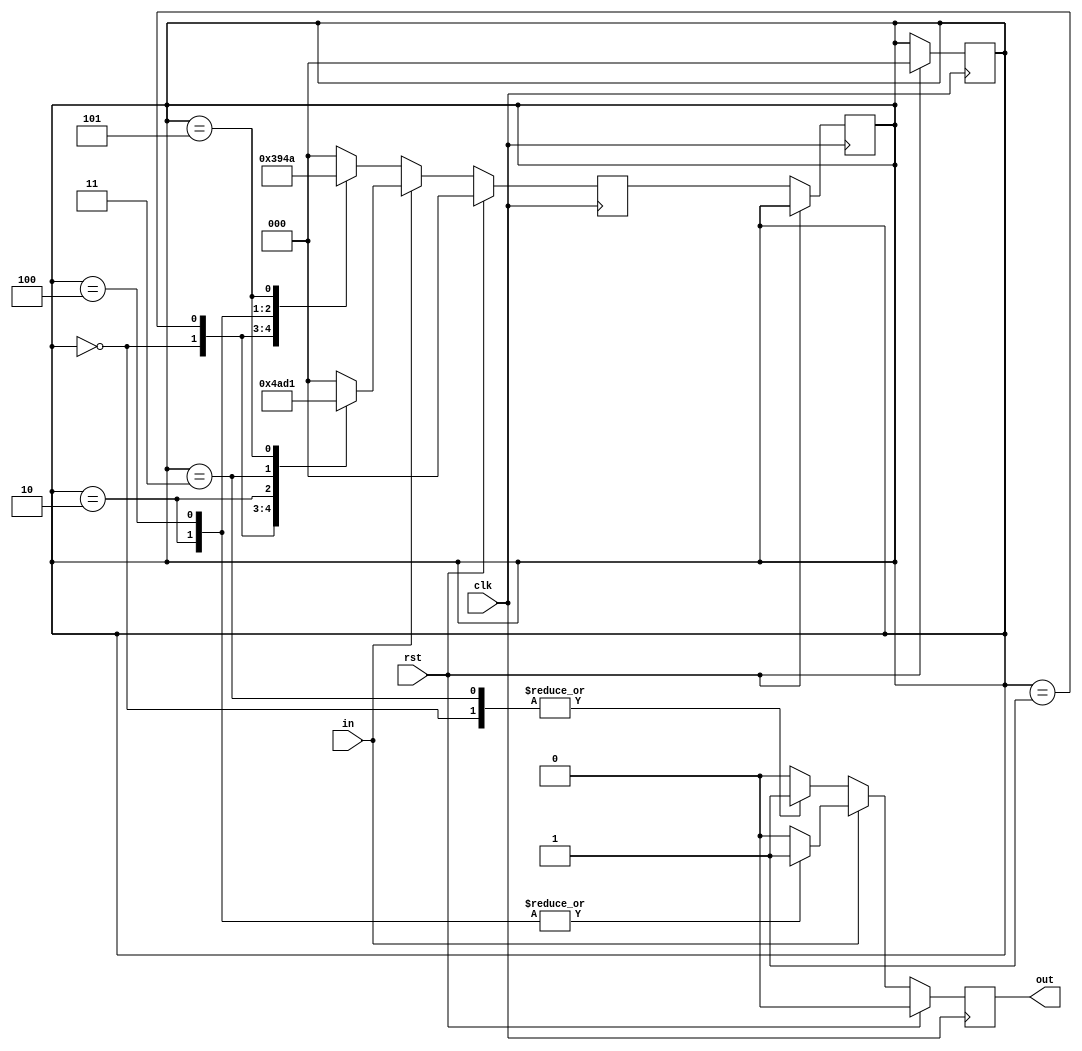
/*
Assignment - 4
Problem - 2
Semester - 5
Group no. : G26
K Rahul Sai - 18CS10028
D Jaswanth - 18CS10014
*/

//code for FSM to check divisibility by 3


`timescale  1ns/10ps
/*
state transition chart:

notation : onetwo means - when input bit is i,it is to be considered as (one*i+current remainder by 3)%3.
And current remainder when divided by 3 is represented by second half in state name i.e for state onetwo,current remainder is 2.
So if input bit is 1 for state onetwo,final remainder of total bitstring till now will be (1*1+2)%3 = 0.

If total remainder till now is 0 then output will be 1  i.e. string given till now is divisible by 3 and similarly for output 0.

Initial state - onezero

Current state  - input - Next state  - Output
onezero        - 0     -  twozero    -  1
oneone         - 0     -  twoone     -  0
onetwo         - 0     -   twotwo    -  0
twozero        - 0     -   onezero   -  1
twoone         - 0     -   oneone    -  0   
twotwo         - 0     -   onetwo    -  0
onezero        - 1     -    twoone   -  0
oneone         - 1     -    twotwo   -  0
onetwo         - 1     -    twozero  -  1
twozero        - 1     -    onetwo   -  0
twoone         - 1     -    onezero  -  1
twotwo         - 1     -    oneone   -  0


*/


module multiple_of_three(out,rst,in,clk);
	input in,rst,clk;  //input bit,clock,reset bit
	output reg out;  //output bit
	reg [2:0]current_state,next_state;
	parameter onezero = 3'b000;  //states encoding in binary
	parameter	oneone = 3'b001;
	parameter	onetwo = 3'b010;
	parameter	twozero = 3'b011;
	parameter	twoone = 3'b100;
	parameter	twotwo = 3'b101;

	always @(posedge clk)
	begin
		if(rst == 0) 
		begin  // update current state to next state atbeginning of execution whenever reset is not 1
			current_state = next_state;
			#1;
		end
	end

	always @(posedge clk)//for next state
	begin
		if(rst == 1)
		begin //when reset,current state goes to beginning state
			current_state <= onezero;
			next_state <= onezero;
		end
		else 
		begin
			if(in == 1)
			begin
				case(current_state)//according to transition table above
					onezero:
					next_state <=  twoone;
					oneone:
					next_state <=  twotwo;
					onetwo:
					next_state <=  twozero;
					twozero:
					next_state <=  onetwo;
					twoone:
					next_state <=  onezero;
					twotwo:
					next_state <=  oneone;
					default: next_state <= onezero;
				endcase
			end
			else 
			begin
				case(current_state) //according to transition table above
					onezero:
					next_state <=  twozero;
					oneone:
					next_state <=  twoone;
					onetwo:
					next_state <=  twotwo;
					twozero:
					next_state <=  onezero;
					twoone:
					next_state <=  oneone;
					twotwo:
					next_state <=  onetwo;
					default: next_state <= onezero;
				endcase
			end
		end
	end

	always @(posedge clk)//for output
	begin//returns 0 for not divisible by 3 and 1 if divisible
		if(rst == 1)
		begin
			out <= 0;
		end
		else 
		begin
			if(in == 1)
			begin
				case(current_state) //according to transition table above
					onezero:
					// out = i;
					out <= 0;
					oneone:
					out <= 0;
					onetwo:
					out <= 1;
					twozero:
					out <= 0;
					twoone:
					out <= 1;
					twotwo:
					out <= 0;
					default: out <= 0;
				endcase
			end
			else 
			begin
				case(current_state) //according to transition table above
					onezero:
					out <= 1;
					oneone:
					out <= 0;
					onetwo:
					out <= 0;
					twozero:
					out <= 1;
					twoone:
					out <= 0;
					twotwo:
					out <= 0;
					default: out <= 0;
				endcase
			end
		end
	end


endmodule